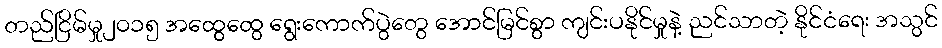
တည်ငြိမ်မှု၂၀၁၅ အထွေထွေ ရွေးကောက်ပွဲတွေ အောင်မြင်စွာ ကျင်းပနိုင်မှုနဲ့ ညင်သာတဲ့ နိုင်ငံရေး အသွင်